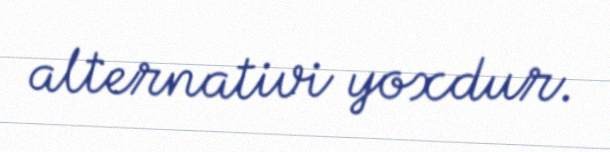
alternativi yoxdur.